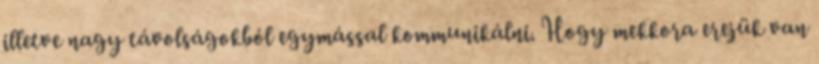
illetve nagy távolságokból egymással kommunikálni. Hogy mekkora erejük van